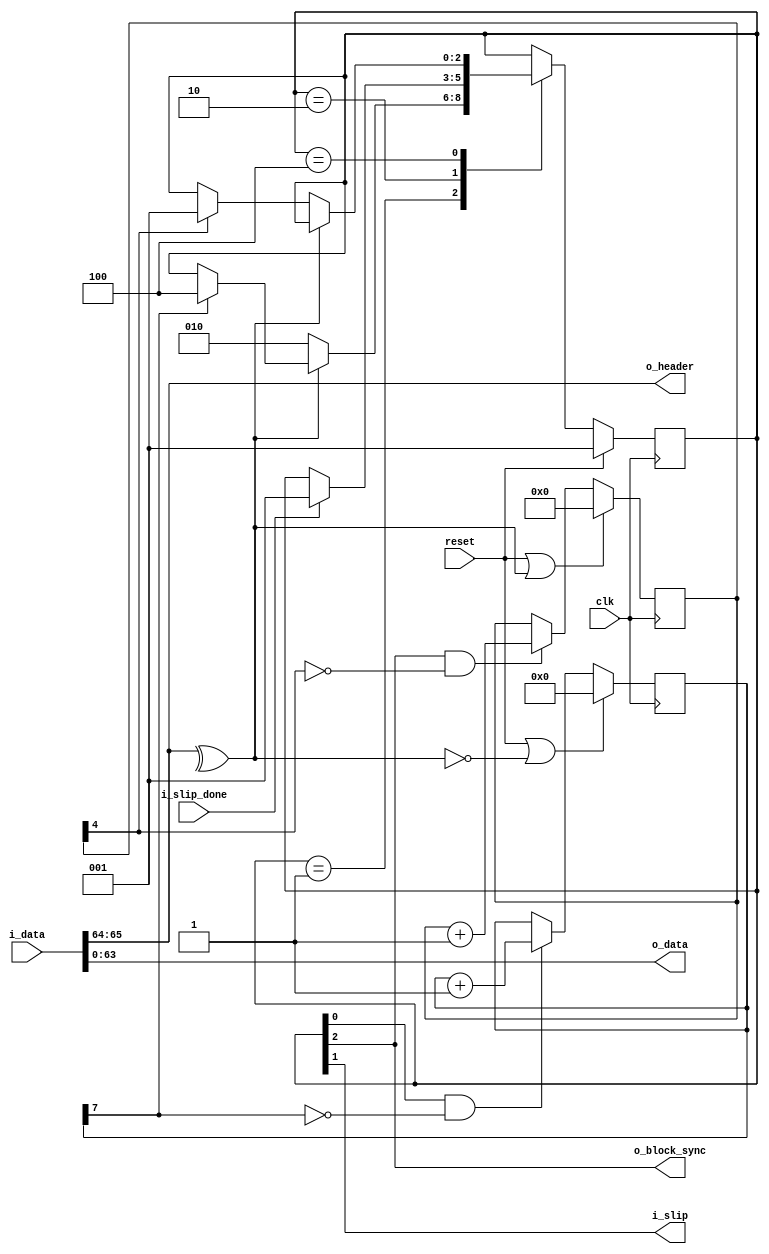
// ***************************************************************************
// ***************************************************************************
// Copyright (C) 2017, 2018, 2021, 2022 Analog Devices, Inc. All rights reserved.
// SPDX short identifier: ADIJESD204
// ***************************************************************************
// ***************************************************************************

`timescale 1ns/100ps

module sync_header_align (
  input clk,
  input reset,

  input [65:0] i_data,
  output i_slip,
  input i_slip_done,

  output [63:0] o_data,
  output [1:0] o_header,
  output o_block_sync
);

  assign {o_header,o_data} = i_data;

  // TODO : Add alignment FSM
  localparam STATE_SH_HUNT = 3'b001;
  localparam STATE_SH_SLIP = 3'b010;
  localparam STATE_SH_LOCK = 3'b100;

  localparam BIT_SH_HUNT = 0;
  localparam BIT_SH_SLIP = 1;
  localparam BIT_SH_LOCK = 2;

  localparam RX_THRESH_SH_ERR = 16;
  localparam LOG2_RX_THRESH_SH_ERR = $clog2(RX_THRESH_SH_ERR);

  reg [2:0] state = STATE_SH_HUNT;
  reg [2:0] next_state;

  reg [7:0] header_vcnt = 8'h0;
  reg [LOG2_RX_THRESH_SH_ERR:0] header_icnt = 'h0;

  wire valid_header;
  assign valid_header = ^o_header;

  always @(posedge clk) begin
    if (reset | ~valid_header) begin
      header_vcnt <= 'b0;
    end else if (state[BIT_SH_HUNT] & ~header_vcnt[7]) begin
      header_vcnt <= header_vcnt + 'b1;
    end
  end

  always @(posedge clk) begin
    if (reset | valid_header) begin
      header_icnt <= 'b0;
    end else if (state[BIT_SH_LOCK] & ~header_icnt[LOG2_RX_THRESH_SH_ERR]) begin
      header_icnt <= header_icnt + 'b1;
    end
  end

  always @(*) begin
    next_state = state;
    case (state)
      STATE_SH_HUNT:
        if (valid_header) begin
          if (header_vcnt[7]) begin
            next_state = STATE_SH_LOCK;
          end
        end else begin
          next_state = STATE_SH_SLIP;
        end
      STATE_SH_SLIP:
        if (i_slip_done) begin
          next_state = STATE_SH_HUNT;
        end
      STATE_SH_LOCK:
        if (~valid_header) begin
          if (header_icnt[LOG2_RX_THRESH_SH_ERR]) begin
            next_state = STATE_SH_HUNT;
          end
        end
    endcase
  end

  always @(posedge clk) begin
    if (reset == 1'b1) begin
      state <= STATE_SH_HUNT;
    end else begin
      state <= next_state;
    end
  end

  assign o_block_sync = state[BIT_SH_LOCK];
  assign i_slip = state[BIT_SH_SLIP];

endmodule